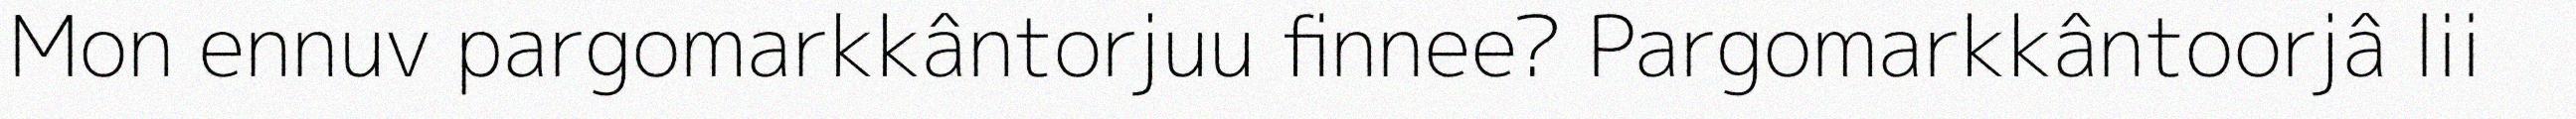
Mon ennuv pargomarkkântorjuu finnee? Pargomarkkântoorjâ lii